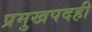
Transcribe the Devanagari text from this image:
प्रमुखपदही